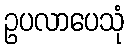
ဥပလာပေသုံ